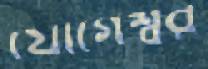
যোগেশ্বর